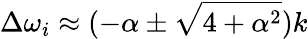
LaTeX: \Delta\omega_{i}\approx(-\alpha\pm\sqrt{4+\alpha^{2}})k